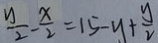
\frac { y } { 2 } - \frac { x } { 2 } = 1 5 - y + \frac { y } { 2 }